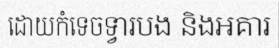
ដោយកំទេចទ្វារបង និងអគារ